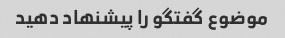
موضوع گفتگو را پیشنهاد دهید